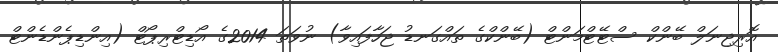
އޮރިޖިނަލް ބޭންކް ސްޓޭޓްމަންޓް (ބޭންކްގެ ތައްގަނޑު ޖަހާފައިވާ) ނުވަތަ 2014ގެ އޯޑިޓްރިޕޯޓް (އިންޑިޕެންޑެންޓް